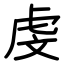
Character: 虔